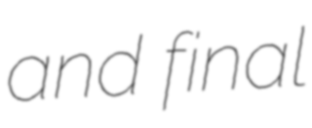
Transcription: and final